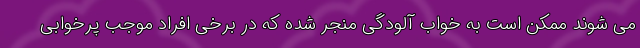
می شوند ممکن است به خواب آلودگی منجر شده که در برخی افراد موجب پرخوابی